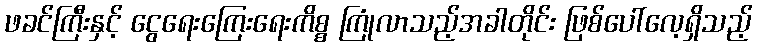
ဖခင်ကြီးနှင့် ငွေရေးကြေးရေးကိစ္စ ကြုံလာသည့်အခါတိုင်း ဖြစ်ပေါ်လေ့ရှိသည့်